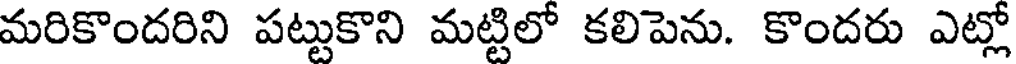
మరికొందరిని పట్టుకొని మట్టిలో కలిపెను. కొందరు ఎట్లో